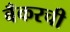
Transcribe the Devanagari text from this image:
बँकरची